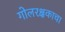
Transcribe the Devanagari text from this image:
गोलरक्षकाचा